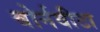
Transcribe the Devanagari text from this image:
बोर्नवीटा